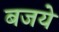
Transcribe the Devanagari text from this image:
बजये